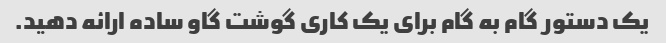
یک دستور گام به گام برای یک کاری گوشت گاو ساده ارائه دهید.